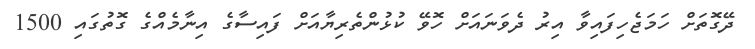
ދޭގޮތަށް ހަމަޖެހިފައިވާ އިރު ދެވަނައަށް ހޮވޭ ކުޅުންތެރިޔާއަށް ފައިސާގެ އިނާމެއްގެ ގޮތުގައި 1500